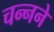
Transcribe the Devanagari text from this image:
चन्नने